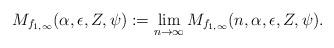
LaTeX: \begin{align*}M_{f_{1,\infty}}(\alpha,\epsilon,Z,\psi):=\lim_{n\to\infty}M_{f_{1,\infty}}(n,\alpha,\epsilon,Z,\psi).\end{align*}